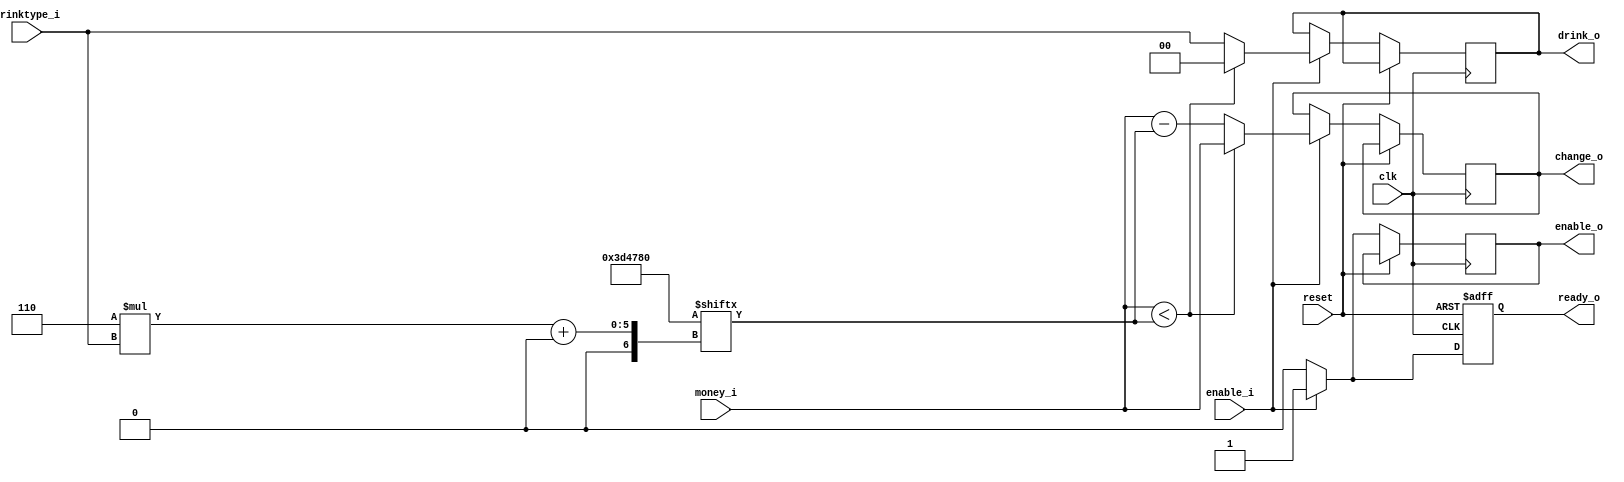
module autoseller(clk, reset, enable_i, money_i, drinktype_i, ready_o, enable_o, change_o, drink_o);

input clk,reset,enable_i;
input [5:0] money_i; 
input [1:0] drinktype_i; 

output reg ready_o;
output reg enable_o;
output reg [5:0] change_o;
output reg [1:0] drink_o;

// wire [5:0] drinkcost [0:3];
// assign {drinkcost[0],drinkcost[1],drinkcost[2],drinkcost[3]}  = {6'd0,6'd30,6'd20,6'd15};
parameter [23:0] drinkcost  = {6'd15,6'd20,6'd30,6'd0};

// sequential
always @(posedge clk or posedge reset) begin
    if (reset) begin
        ready_o <= 1'b1;
    end 
    else begin
        if(enable_i) begin
            change_o <= (money_i<drinkcost[6*drinktype_i+:6])?money_i:(money_i-drinkcost[6*drinktype_i+:6]);
            drink_o <= (money_i<drinkcost[6*drinktype_i+:6])?2'b00:drinktype_i;
            // change_o <= (money_i<drinkcost[drinktype_i])?money_i:(money_i-drinkcost[drinktype_i]);
            // drink_o <= (money_i<drinkcost[6*drinktype_i])?2'b00:drinktype_i;
            enable_o <= 1'b1;
            ready_o <= 1'b1;
        end
        else begin
            enable_o <= 1'b0;
            ready_o <= 1'b0;
        end
    end
end

endmodule